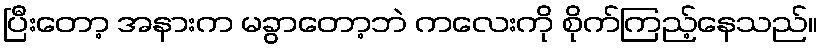
ပြီးတော့ အနားက မခွာတော့ဘဲ ကလေးကို စိုက်ကြည့်နေသည်။